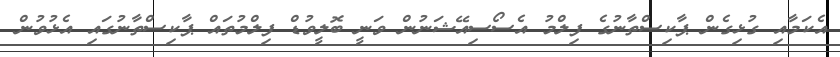
އެކަމާއި ގުޅިގެން ޕާކިސްތާނުގެ ފިލްމު އެސޯސިއޭޝަނުން ވަނީ ބޮލީވުޑް ފިލްމުތައް ޕާކިސްތާނުގައި އެޅުވުން